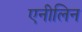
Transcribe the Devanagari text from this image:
एनीलिन